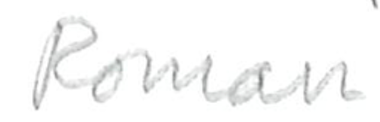
Text: Roman
Cross-out: clean
Writing tool: pencil